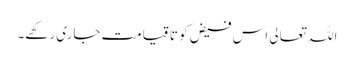
اللہ تعالی اس فیض کو تا قیامت جاری رکھے۔